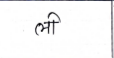
मजकूर: ली